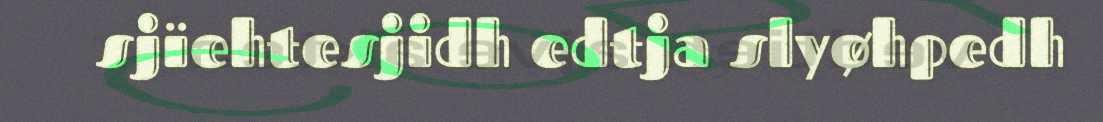
sjïehtesjidh edtja slyøhpedh